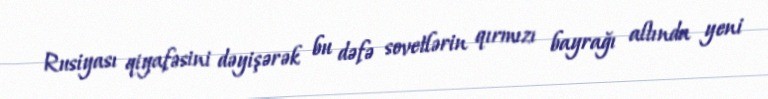
Rusiyası qiyafəsini dəyişərək bu dəfə sovetlərin qırmızı bayrağı altında yeni